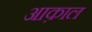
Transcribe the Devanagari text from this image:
आक़ाल